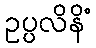
ဥပ္ပလိနိံ